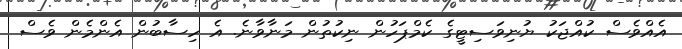
އެއްްވެސް ކުއްޖަކު ޔުނިވަސިޓީގެ ކެމްޕަހުން ނިކުތުން މަނާވާނެ. އެ ހިސާބުން އެންމެން ވެސް